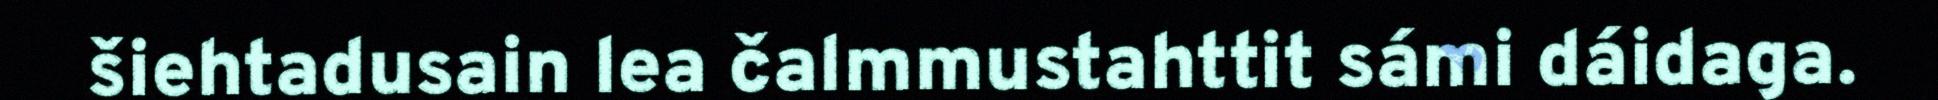
šiehtadusain lea čalmmustahttit sámi dáidaga.